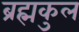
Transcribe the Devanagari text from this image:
ब्रह्मकुल